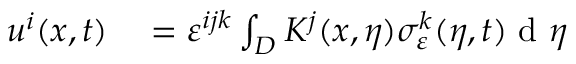
\begin{array} { r l } { u ^ { i } ( x , t ) } & { { } = \varepsilon ^ { i j k } \int _ { D } K ^ { j } ( x , \eta ) \sigma _ { \varepsilon } ^ { k } ( \eta , t ) \textrm { d } \eta } \end{array}